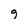
Character: g